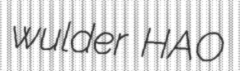
wulder HAO